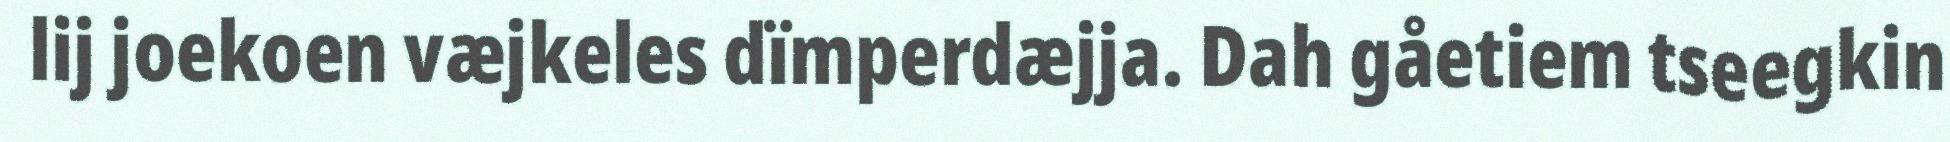
lij joekoen væjkeles dïmperdæjja. Dah gåetiem tseegkin